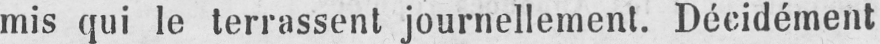
mis qui le terrassent journellement. Décidément